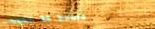
open 24 hours